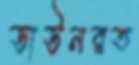
ডাউনরত